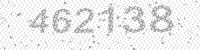
Solution: 462138